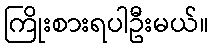
ကြိုးစားရပါဦးမယ်။